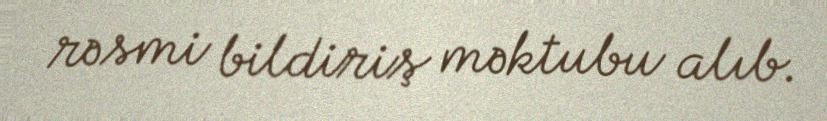
rəsmi bildiriş məktubu alıb.